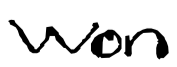
Text: won
Cross-out: clean
Writing tool: digital_black